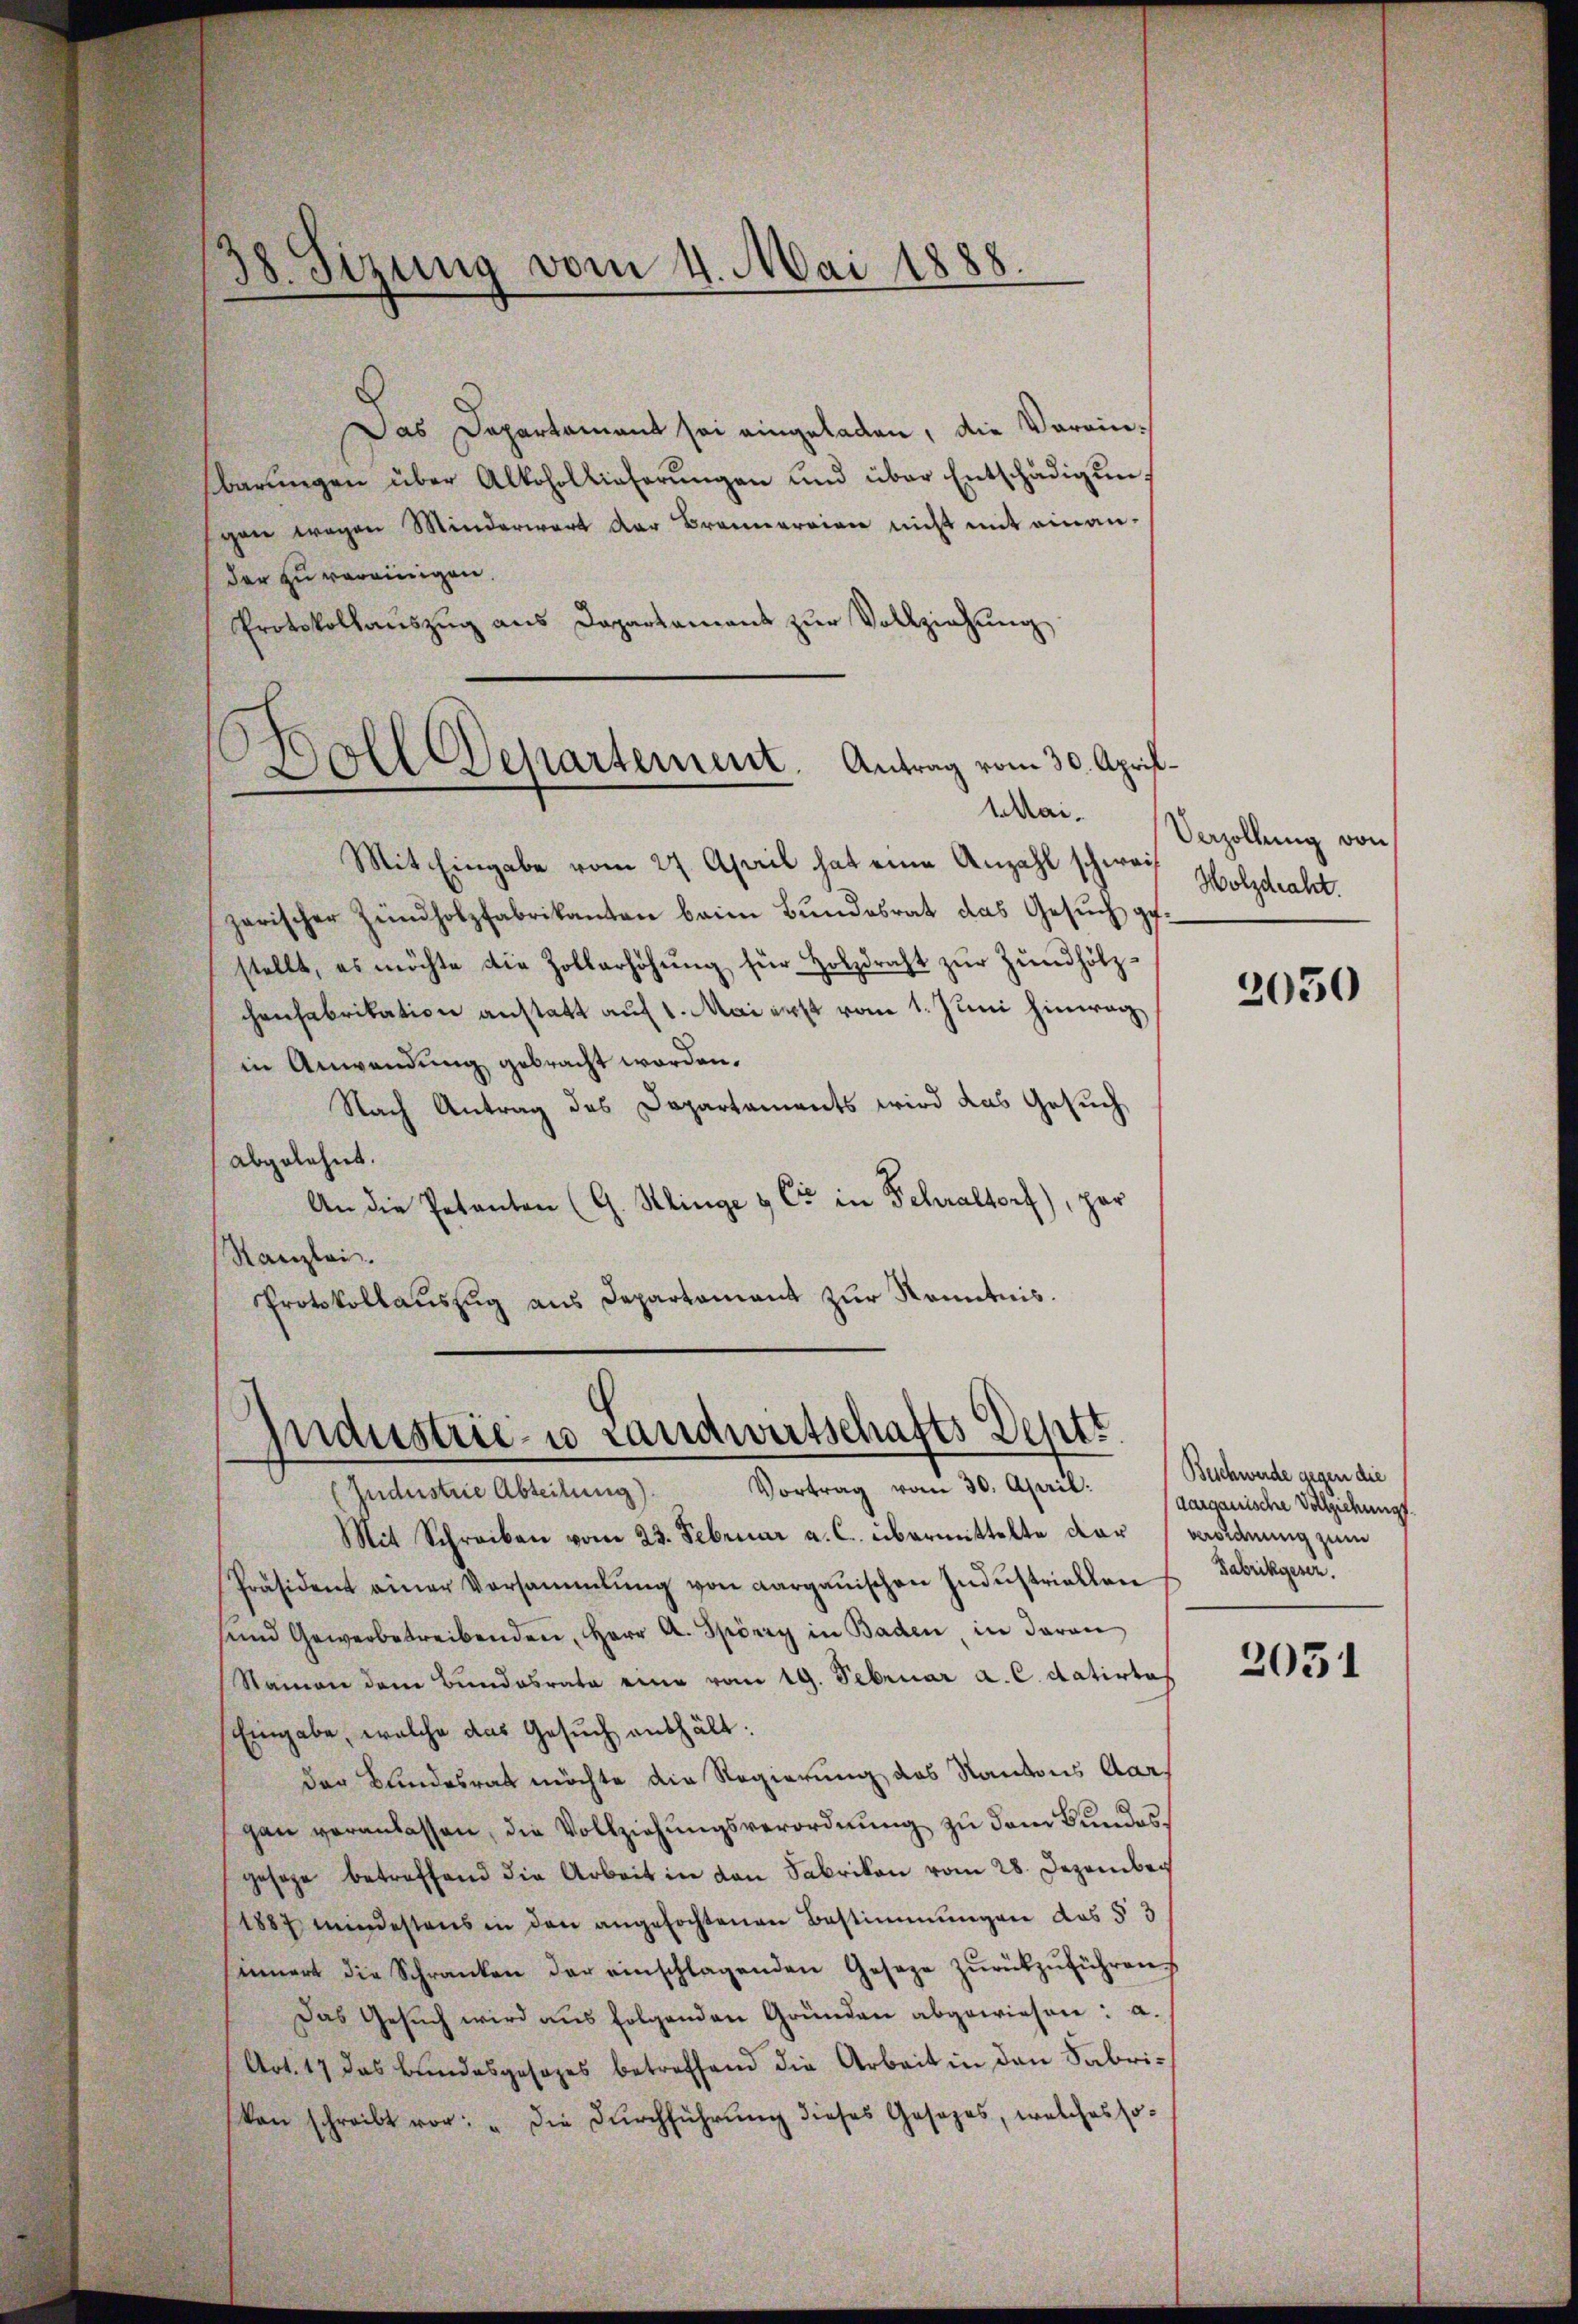
38. Sizung vom 4. Mai 1888.

Das Departamant sei eingeladen, die Vereinbarŭngen über Alkohollieferŭngen und über Entschädigungan wegen Minderwart der Brannarrien nicht mit einander zu vereinigen.
Protokollaŭszŭg ans Departament zŭr Vollziehŭng
Mit Eingabe vom 27. April hat eine Anzahl schwar Wolgdraht.
zerischer Zündholzfabrikanten beim Bŭndesrat das Gesŭch ge-
stellt, es möchte die Zollerhöhŭng für Holzdraht zŭr Zŭndhölz-
chenfabrikation anstatt auf 1. Mai erst vom 1. Juni hinweg,
in Anwendung gebracht worden.
Nach Antrag des Departaments wird das Gesuch
abgelehnt.
An die Petenten (G. Klinge & Cr in Fehraltorf), par
Kanzlei.
Protokollaŭszŭg aŭs Departament zŭr Kenntnis.
Industrie- u Landwirtschafts Dett
Vortrag vom 30. April:
(Jndustrie Abteilung).
Mit Schreiben vom 23. Februar a. c. übermittelte der Bordnung zum
Präsident einer Versammlung von Aargauischen Indŭstriellen
sind Gewerbetreibenden, Herr A. Spörry in Baden, in daran
Namen dem Bundesrata eine vom 19. Februar a. c. datirte
Eingabe, welche das Gesŭch enthält:
der Bundesrath möchte die Regierung das Kantons Aargan veranlassen, die Vollziehungsverordnung zu dem Bundesgesage betreffend die Arbeit in den Fabrikon vom 28. Dezember
1887 mindestens in den angefochtenen Bestimmungen des § 3
innert die Schranken der einschlagenden Geseze zŭrückzŭführen.
Das Gesŭch wird aus folgenden Gründen abgewiesen: a.
Art. 17 das Bundesgesezes betreffend die Arbeit in den Fabri¬
Von schreibt vor: " die Dŭrchführŭng dieses Gesezes, welches so-

Doll Departement. Antrag vom 30. April
AMai.

Vezollung von

2050

Beschwerde gegen die
aargauische Vollziehung
Fabrikgesen.

2051